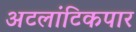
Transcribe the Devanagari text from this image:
अटलांटिकपार